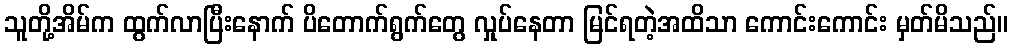
သူတို့အိမ်က ထွက်လာပြီးနောက် ပိတောက်ရွက်တွေ လှုပ်နေတာ မြင်ရတဲ့အထိသာ ကောင်းကောင်း မှတ်မိသည်။